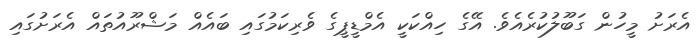
އެރަށު މީހުން ގަބޫލުކުރެއެވެ. އޭގެ ހިއްކަކީ އެމްޑީޕީގެ ވެރިކަމުގައި ބައެއް މަޝްރޫއުތައް އެރަށުގައި